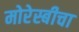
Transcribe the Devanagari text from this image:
मोरेस्बीचा